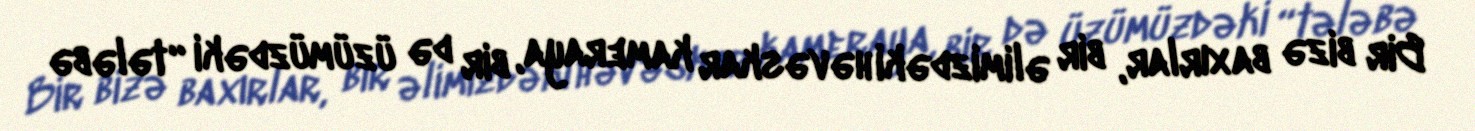
Bir bizə baxırlar, bir əlimizdəki həvəskar kameraya, bir də üzümüzdəki “tələbə